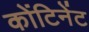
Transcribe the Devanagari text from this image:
कोंटिनेंट